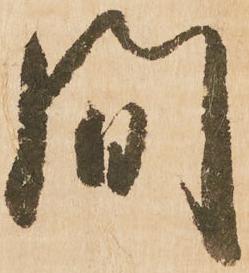
間